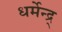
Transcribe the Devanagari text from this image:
धर्मेन्द्र्